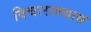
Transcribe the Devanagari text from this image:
विचारावयास